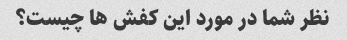
نظر شما در مورد این کفش ها چیست؟